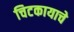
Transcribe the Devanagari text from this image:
चिटकायाचे